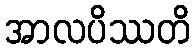
အာလပိဿတိ